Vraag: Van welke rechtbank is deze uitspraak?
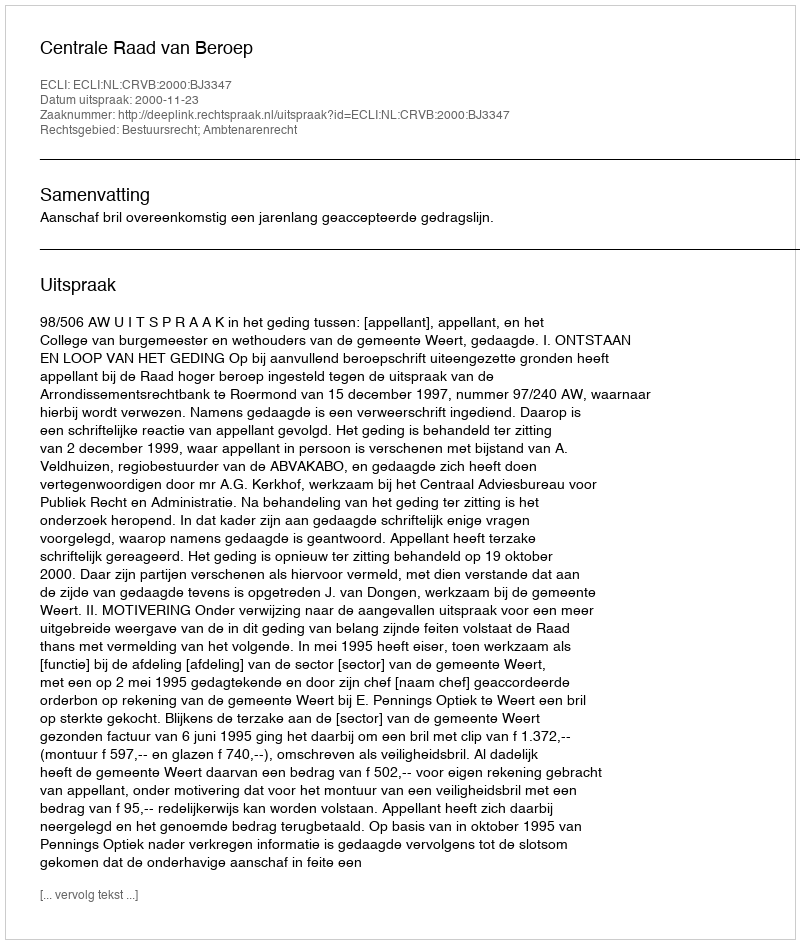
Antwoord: Centrale Raad van Beroep